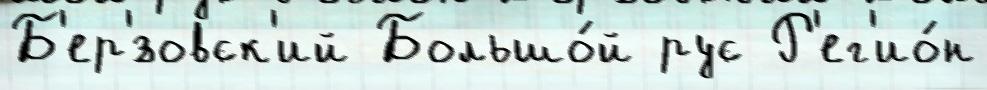
Б'ер'́зовск'ий Большо́й рус Р'ег'ио́н